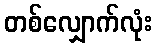
တစ်လျှောက်လုံး